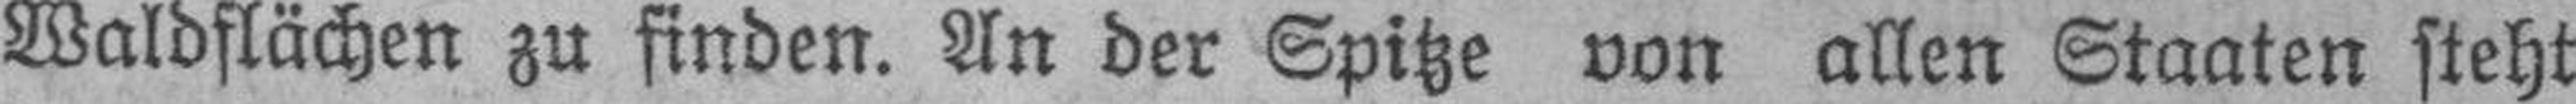
Waldflächen zu finden. An der Spitze von allen Staaten steht